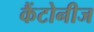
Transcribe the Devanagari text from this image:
कैंटोनीज